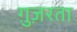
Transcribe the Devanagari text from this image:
ग़ुज़रता